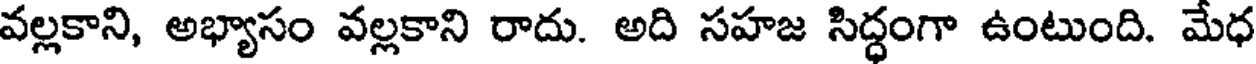
వల్లకాని, అభ్యాసం వల్లకాని రాదు. అది సహజ సిద్ధంగా ఉంటుంది. మేధ